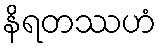
နိရတဿဟံ